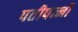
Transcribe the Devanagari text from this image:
पतीपत्नी